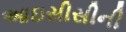
આઇસીસીની